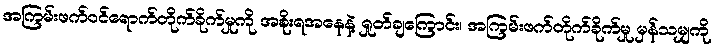
အကြမ်းဖက်ဝင်ရောက်တိုက်ခိုက်မှုကို အစိုးရအနေနဲ့ ရှုတ်ချကြောင်း၊ အကြမ်းဖက်တိုက်ခိုက်မှု မှန်သမျှကို